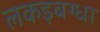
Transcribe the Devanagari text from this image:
लकड़बग्धा